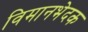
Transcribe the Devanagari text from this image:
विमानभेदक